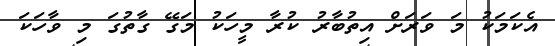
އެކަމަކު މަ ވަރަށް އިތުބާރު ކުރާ މީހަކު މަގޭ ގާތުގަ މި ވާހަކަ